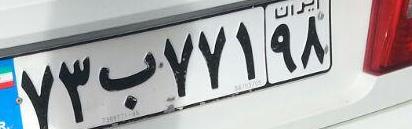
۷۳ب۷۷۱۹۸